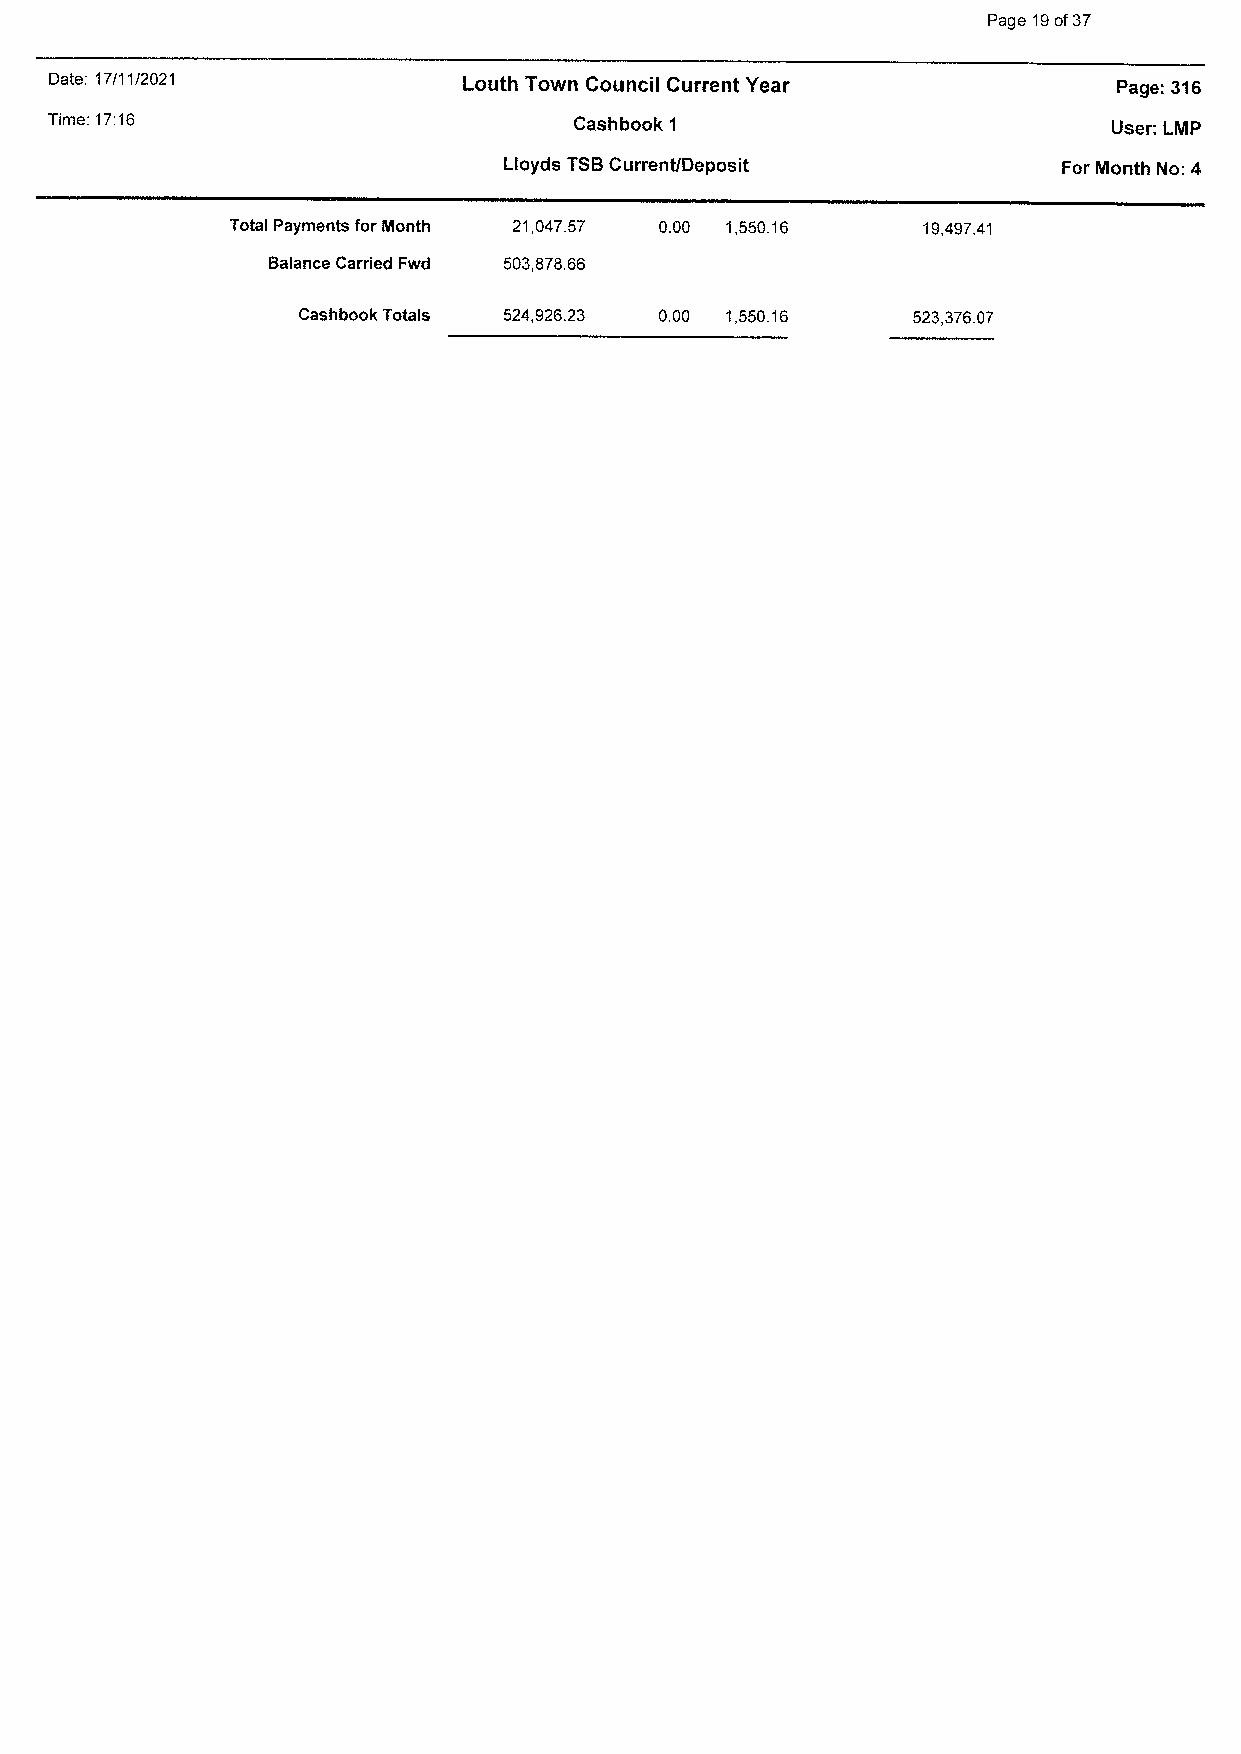
Page 19 of 37
 Date: 17/11/2021           Louth Town Council Current Year            Page:316
 Time: 17:16                        Cashbook 1                         User: LMP
 Lloyds TSB Current/Deposit           For Month No: 4
 Total Payments for Month 21 ,047.57 0.00 1,550.16 19,497.41
 Balance Carried Fwd 503,878.66
 Cashbook Totals 524,926.23 0.00 1,550.16 523,376.07